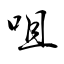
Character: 咀